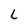
Character: L